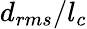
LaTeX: d_{rms}/l_{c}